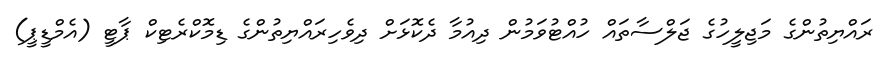
ރައްޔިތުންގެ މަޖިލީހުގެ ޖަލްސާތައް ހުއްޓުވަމުން ދިއުމާ ދެކޮޅަށް ދިވެހިރައްޔިތުންގެ ޑިމޮކްރެޓިކް ޕާޓީ (އެމްޑީޕީ)